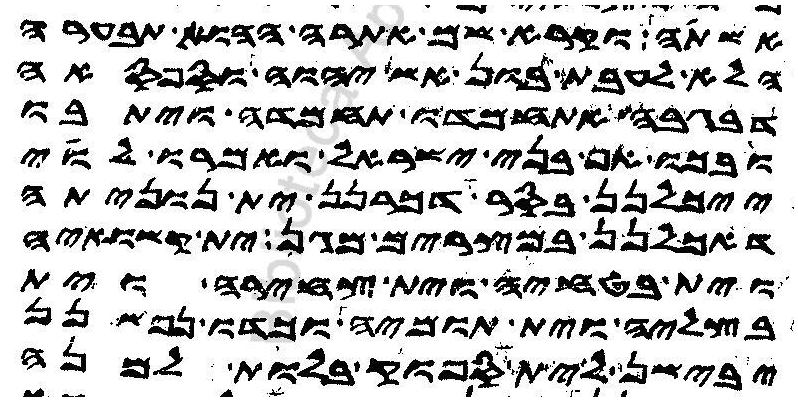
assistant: אשתה וקרא שם אתרה ההוא אבערה
הלא לעבת בון אש יהוה וספסאה
דבגבה אתחמדו תחמדה ויתבו
ובכו אף בני ישראל ואמרו לוי
ייכלנן בסר דכרנן ית נוניתה
דאכלנן במצרים מגן ית קשואיה
וית בטחיה וית צחירה וית
בצליה וית תומיה וכדו נפשנן
יבישן לית ספוק בלות למנה